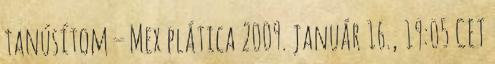
tanúsítom – Mex plática 2009. január 16., 19:05 CET